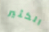
الكثير